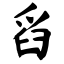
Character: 舀